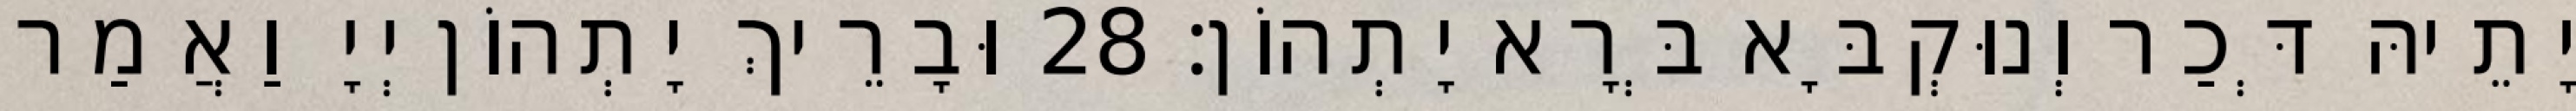
יָתֵיהּ דְּכַר וְנוּקְבָּא בְּרָא יָתְהוֹן׃ 28 וּבָרֵיךְ יָתְהוֹן יְיָ וַאֲמַר